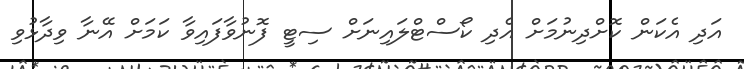
އަދި އެކަން ކޮށްދިނުމަށް އެދި ކޯސްޓްލައިނަށް ސިޓީ ފޮނުވާފައިވާ ކަމަށް އޭނާ ވިދާޅުވި